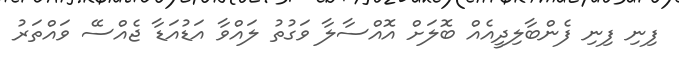
ފިނި ފިނި ފެންބާލިދީއެއް ބޮލަށް އޮއްސާލާ ވަގުތު ލައްވާ އަޑުއަޑާ ޖެއްސޭ ވައްތަރު